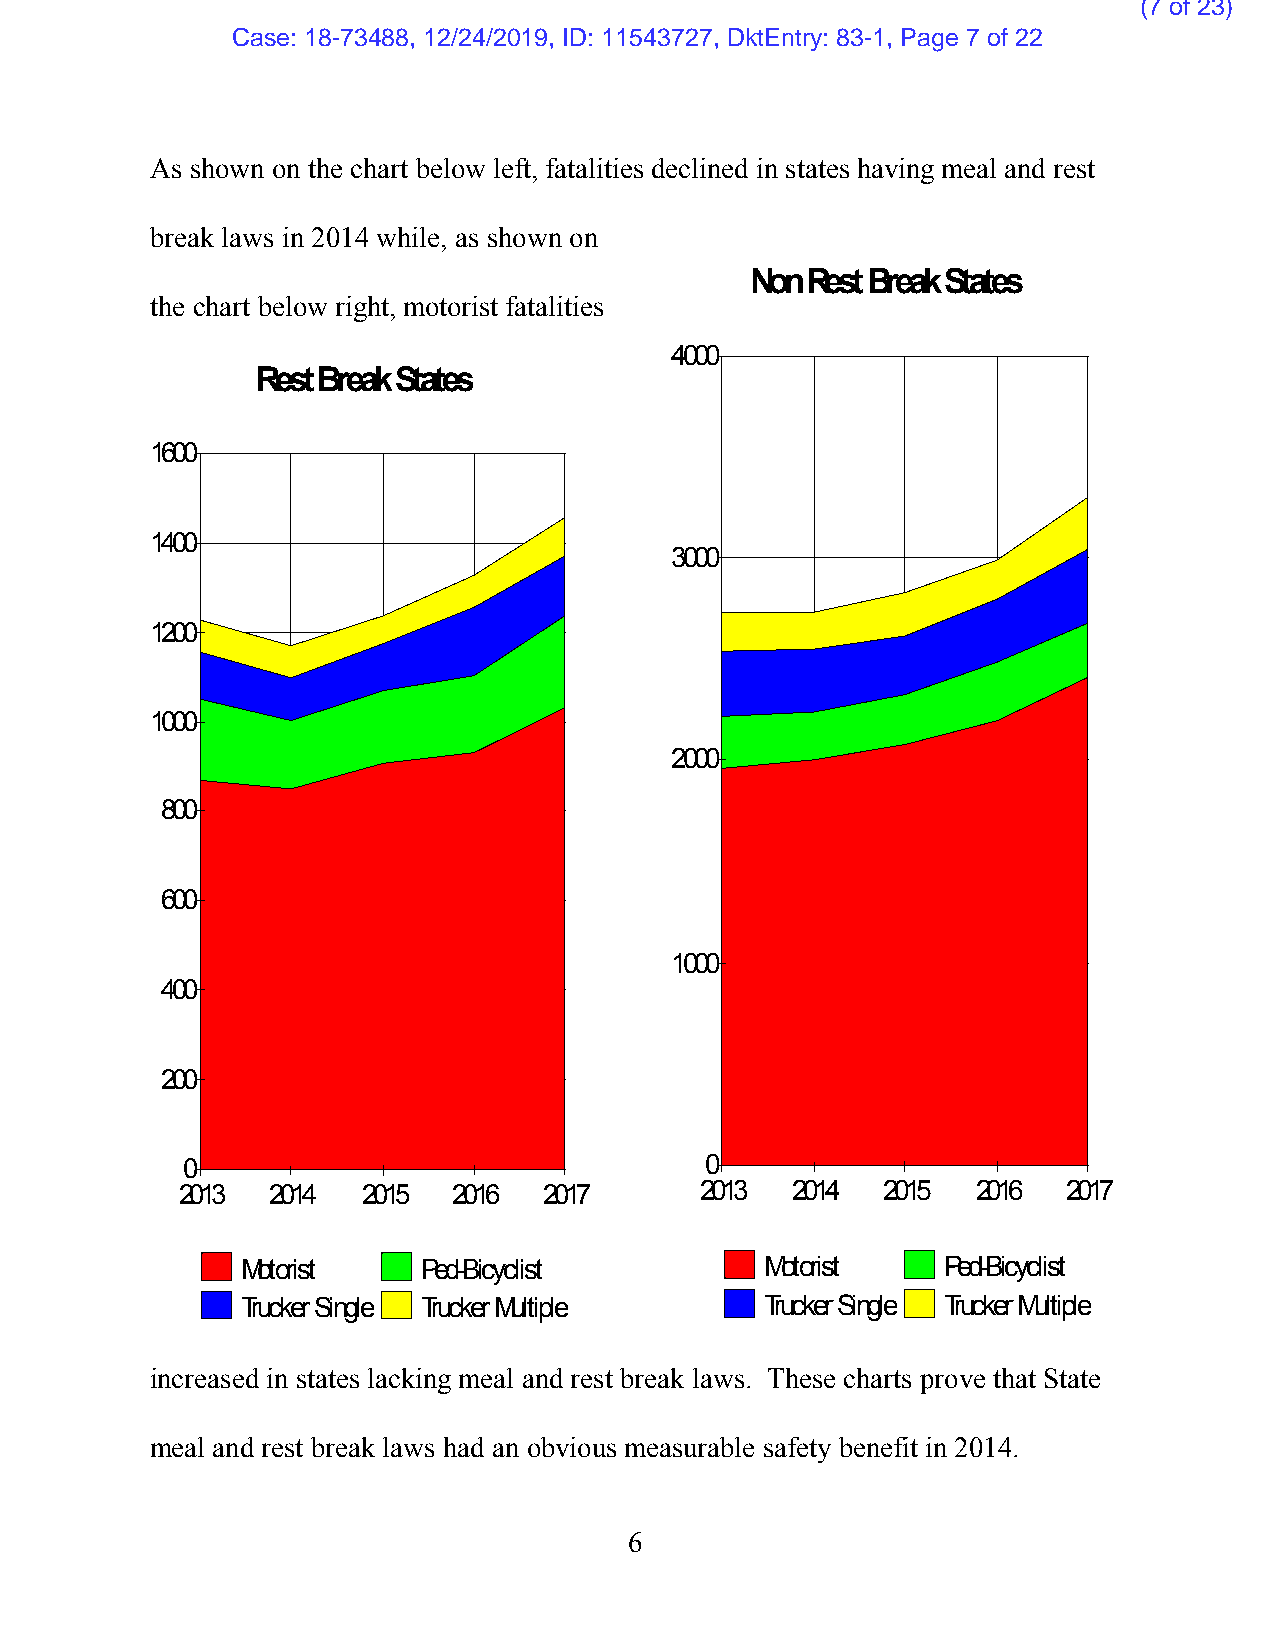
(7 of 23)
 Case: 18-73488, 12/24/2019, ID: 11543727, DktEntry: 83-1, Page 7 of 22
 As shown on the chart below left, fatalities declined in states having meal and rest
 break laws in 2014 while, as shown on
 Non Rest Break States
 the chart below right, motorist fatalities
 44000000
 Rest Break States
 11660000
 11440000
 33000000
 11220000
 11000000
 22000000
 880000
 660000
 11000000
 440000
 220000
 00                                 00
 2013  2014  2015  2016  2017      2013  2014  2015   2016  2017
 Motorist    Ped-Bicyclist          Motorist   Ped-Bicyclist
 Trucker Single Trucker Multiple    Trucker Single Trucker Multiple
 increased in states lacking meal and rest break laws. These charts prove that State
 meal and rest break laws had an obvious measurable safety benefit in 2014.
 6